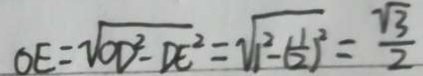
O E = \sqrt { O D ^ { 2 } - D E ^ { 2 } } = \sqrt { 1 ^ { 2 } - ( \frac { 1 } { 2 } ) ^ { 2 } } = \frac { \sqrt { 3 } } { 2 }